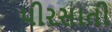
પીરસાતી